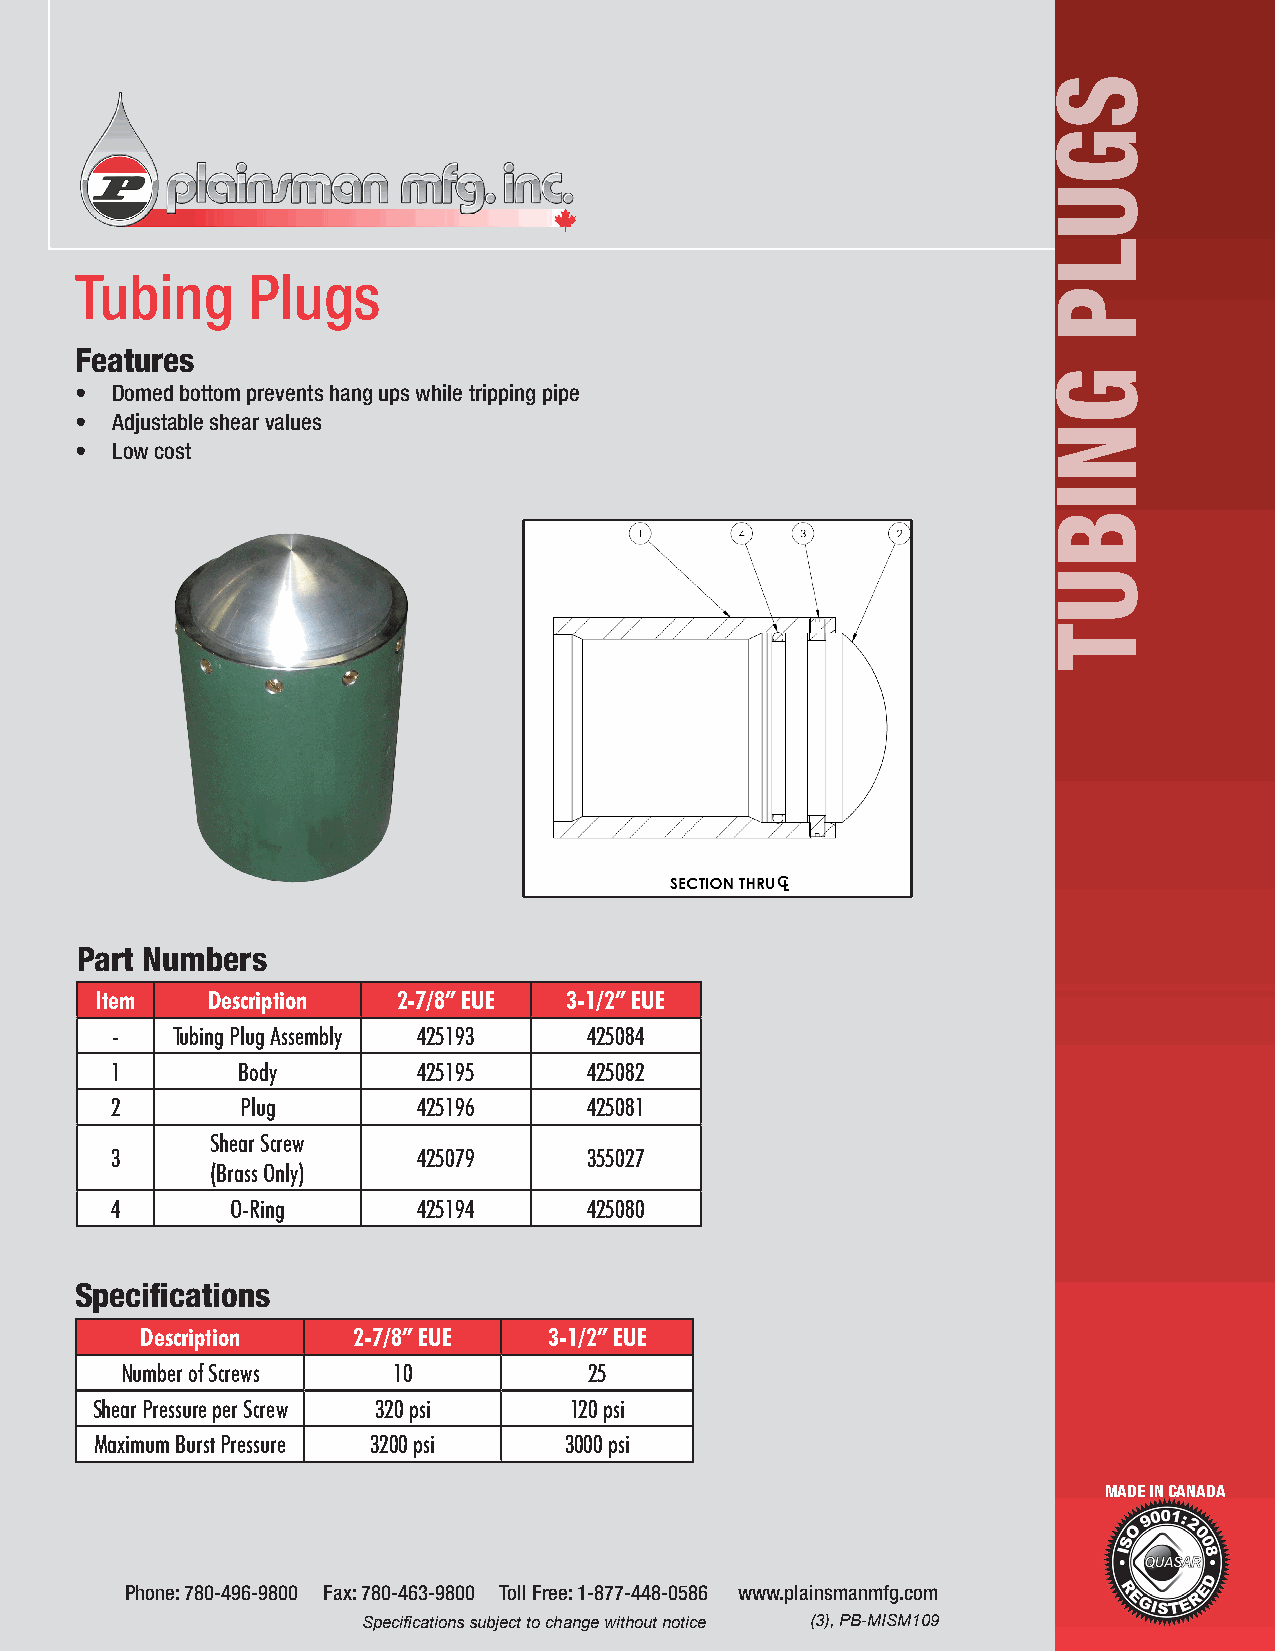
Tubing     Plugs
 Features
 • Domed bottom prevents hang ups while tripping pipe
 • Adjustable shear values
 • Low cost
 Part Numbers
 Item    Description 2-7/8” EUE 3-1/2” EUE
 -   Tubing Plug Assembly 425193 425084
 1        Body        425195     425082
 2        Plug        425196     425081
 Shear Screw
 3                    425079     355027
 (Brass Only)
 4       O-Ring       425194     425080
 Specifications
 Description   2-7/8” EUE   3-1/2” EUE
 Number of Screws  10           25
 Shear Pressure per Screw 320 psi 120 psi
 Maximum Burst Pressure 3200 psi 3000 psi
 MADE IN CANADA
 Phone: 780-496-9800 Fax: 780-463-9800 Toll Free: 1-877-448-0586 www.plainsmanmfg.com
 Specifications subject to change without notice (3), PB-MISM109
 SGULP
 GNIBUT